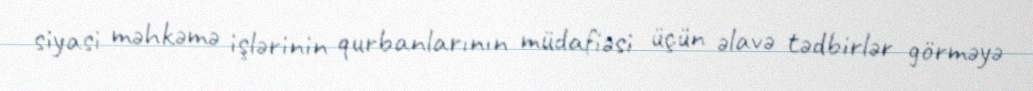
siyasi məhkəmə işlərinin qurbanlarının müdafiəsi üçün əlavə tədbirlər görməyə